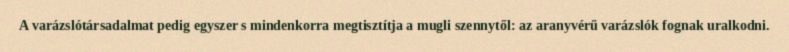
A varázslótársadalmat pedig egyszer s mindenkorra megtisztítja a mugli szennytől: az aranyvérű varázslók fognak uralkodni.